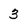
Character: 3